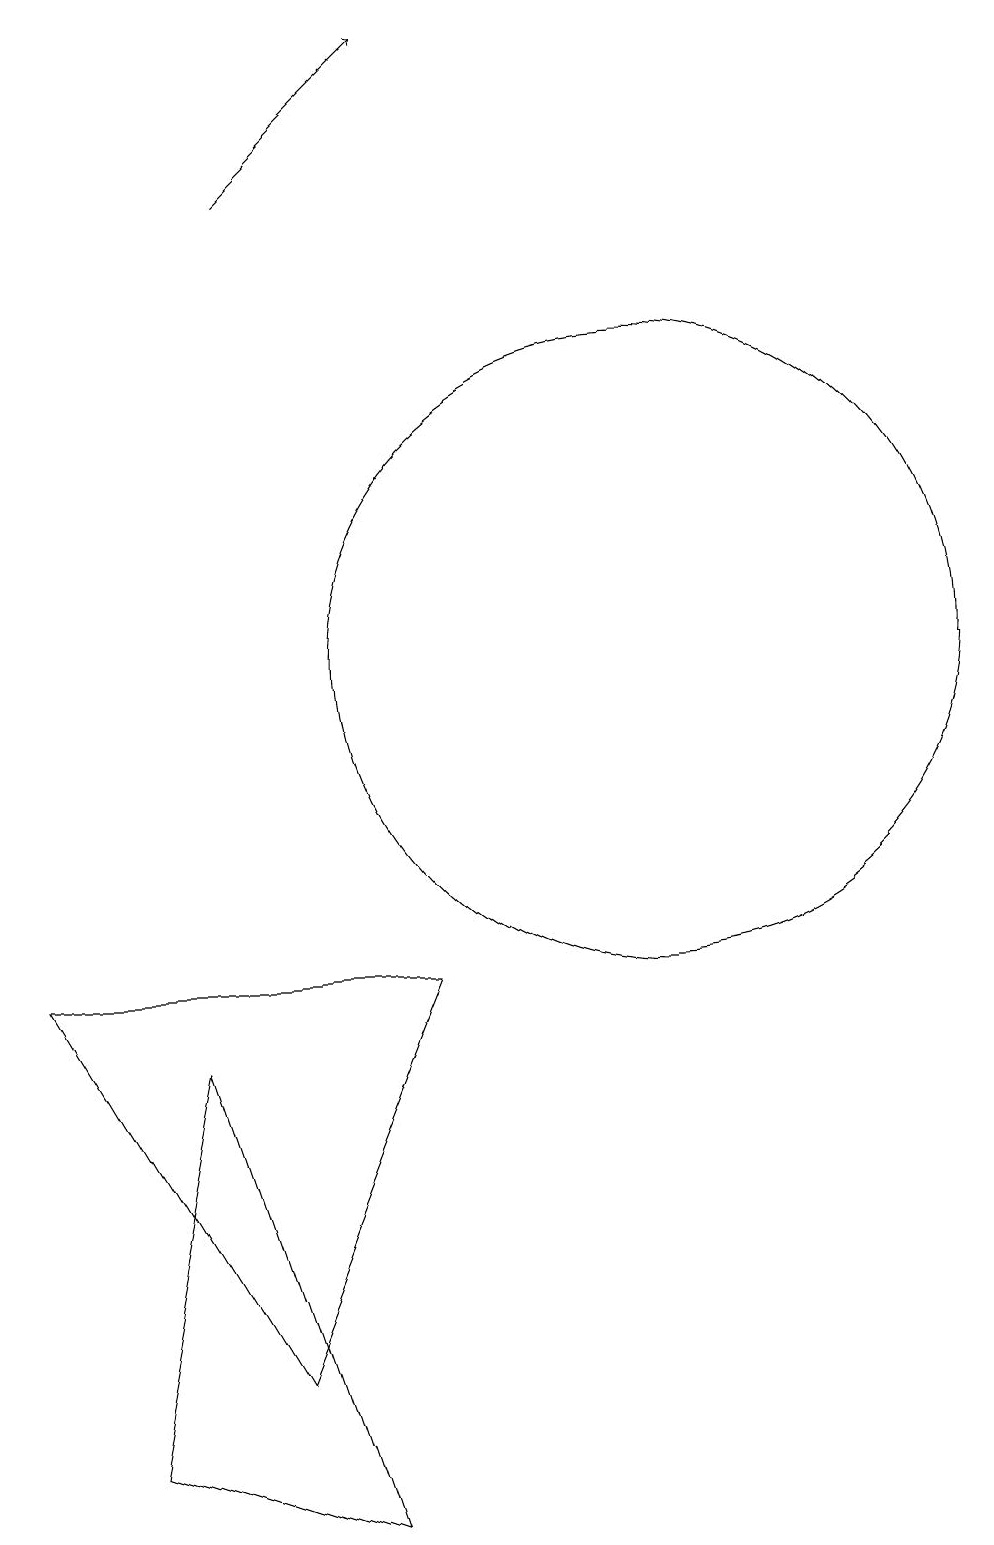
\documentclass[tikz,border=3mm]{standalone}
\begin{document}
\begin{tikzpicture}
\draw (12,11) circle (4);
\draw (5,1) -- (6,6) -- (8,0) -- cycle;
\draw[->] (7,17) -- (9,19);
\draw (7,2) -- (9,7) -- (4,7) -- cycle;
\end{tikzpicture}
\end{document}